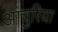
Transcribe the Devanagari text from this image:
आंचुरिया